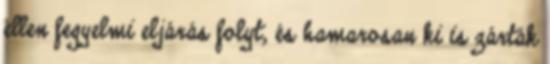
ellen fegyelmi eljárás folyt, és hamarosan ki is zárták